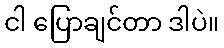
ငါ ပြောချင်တာ ဒါပဲ။